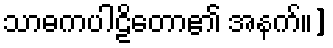
သာဓကပါဠိတော၏ အနက်။]